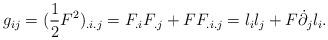
LaTeX: \begin{align*}{g_{ij}} = {(\frac{1}{2}{F^2})_{{.i}{.j}}} = {F_{{.i}}}{F_{{.j}}} + F{F_{{.i}{.j}}} = {l_i}{l_j} + F{{\dot \partial }_j}{l_i}.\end{align*}